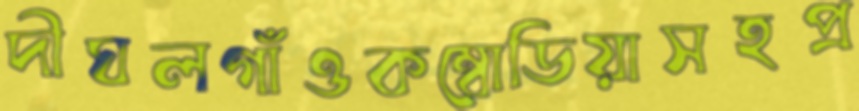
দীঘলগাঁওকম্বোডিয়াসহপ্র